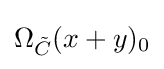
\Omega _{\tilde {C}}(x+y)_{0}